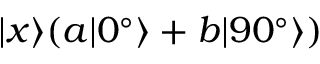
| x \rangle ( a | 0 ^ { \circ } \rangle + b | 9 0 ^ { \circ } \rangle )